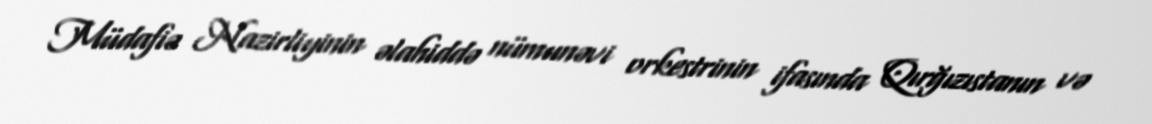
Müdafiə Nazirliyinin əlahiddə nümunəvi orkestrinin ifasında Qırğızıstanın və